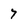
Character: 7